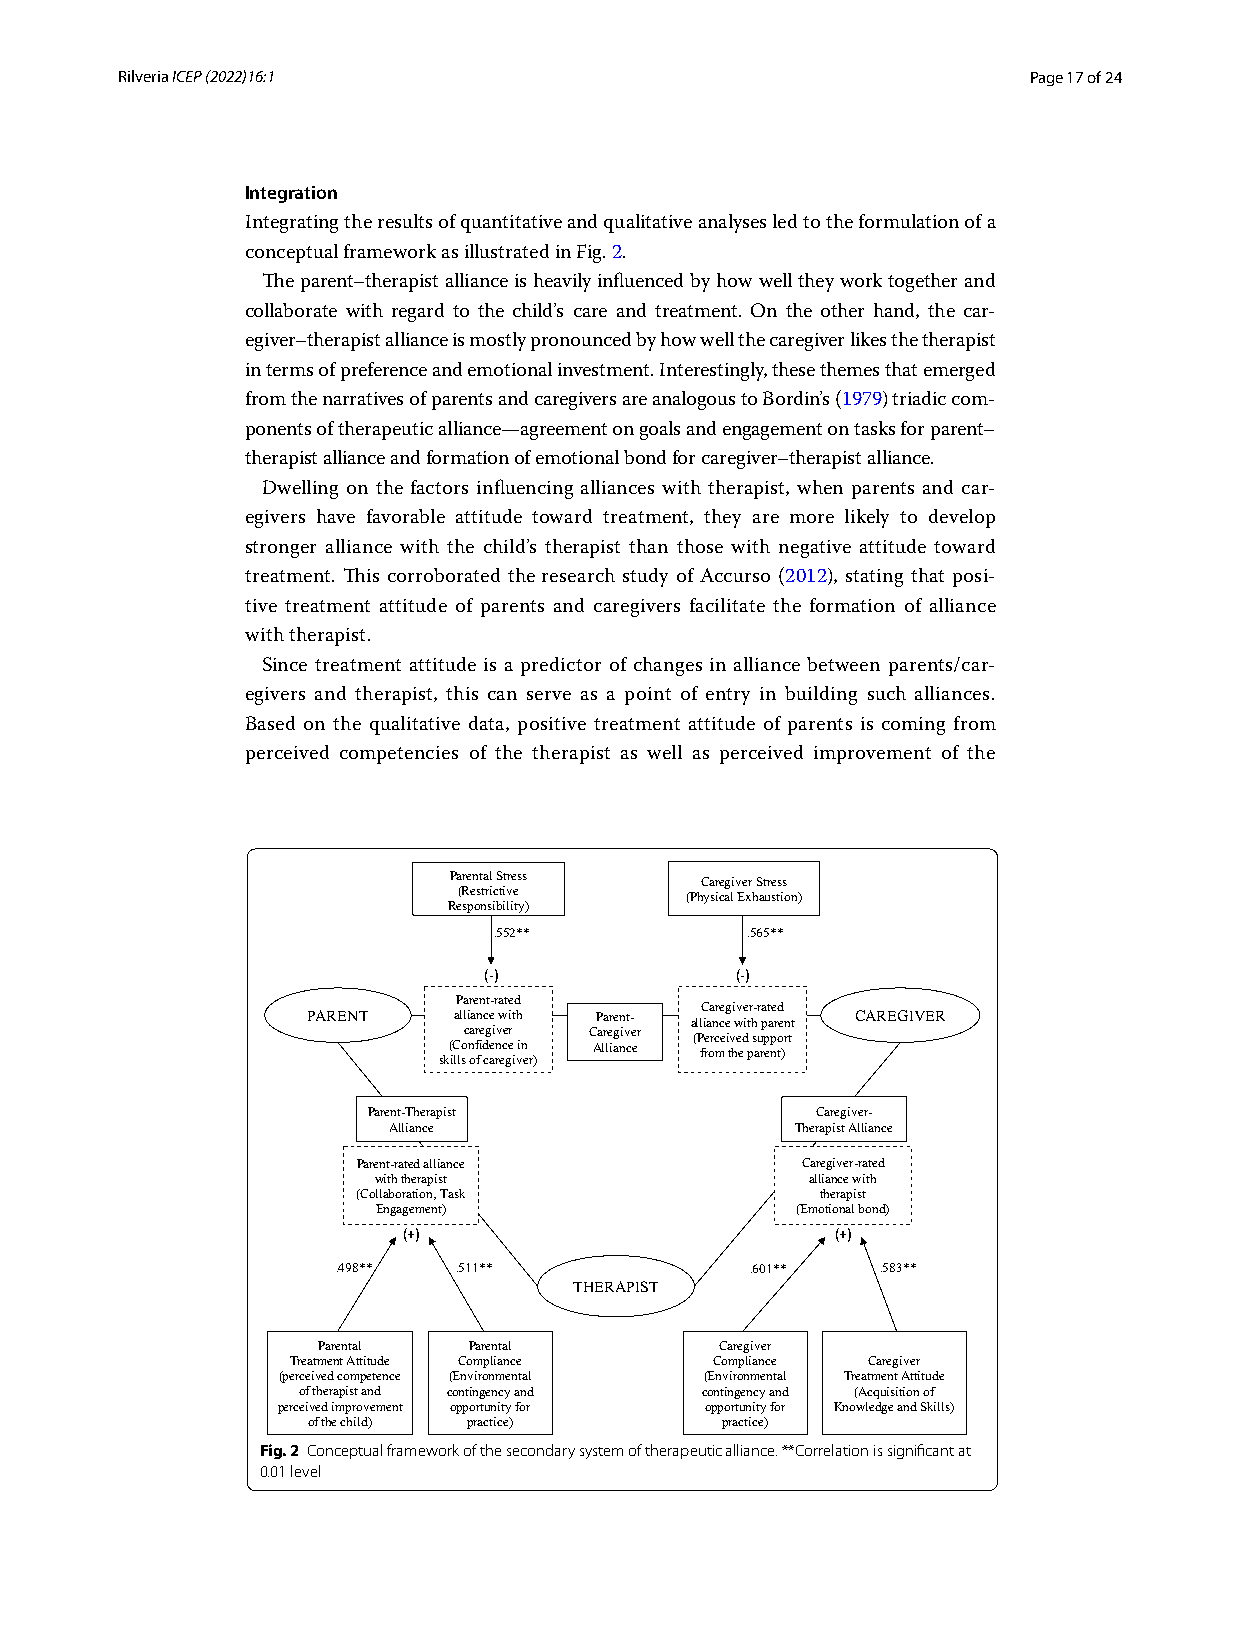
R ilveria ICEP (2022) 16:1                                  Page 17 of 24
 Integration
 Integrating the results of quantitative and qualitative analyses led to the formulation of a
 conceptual framework as illustrated in Fig. 2.
 The parent–therapist alliance is heavily influenced by how well they work together and
 collaborate with regard to the child’s care and treatment. On the other hand, the car-
 egiver–therapist alliance is mostly pronounced by how well the caregiver likes the therapist
 in terms of preference and emotional investment. Interestingly, these themes that emerged
 from the narratives of parents and caregivers are analogous to Bordin’s (1979) triadic com-
 ponents of therapeutic alliance—agreement on goals and engagement on tasks for parent–
 therapist alliance and formation of emotional bond for caregiver–therapist alliance.
 Dwelling on the factors influencing alliances with therapist, when parents and car-
 egivers have favorable attitude toward treatment, they are more likely to develop
 stronger alliance with the child’s therapist than those with negative attitude toward
 treatment. This corroborated the research study of Accurso (2012), stating that posi-
 tive treatment attitude of parents and caregivers facilitate the formation of alliance
 with therapist.
 Since treatment attitude is a predictor of changes in alliance between parents/car-
 egivers and therapist, this can serve as a point of entry in building such alliances.
 Based on the qualitative data, positive treatment attitude of parents is coming from
 perceived competencies of the therapist as well as perceived improvement of the
 Parental Stress Caregiver Stress
 (Restrictive   (Physical Exhaustion)
 Responsibility)
 .552**          .565**
 (-)              (-)
 Parent-rated
 Caregiver-rated
 PARENT    alliance with Parent- alliance with parent CAREGIVER
 caregiver Caregiver (Perceived support
 (Confidence in Alliance from the parent)
 skills of caregiver)
 Parent-Therapist              Caregiver-
 Alliance                   Therapist Alliance
 Parent-rated alliance        Caregiver-rated
 with therapist               alliance with
 (Collaboration, Task          therapist
 Engagement)                 (Emotional bond)
 (+)                         (+)
 .498**  .511**              .601**  .583**
 THERAPIST
 Parental  Parental         Caregiver
 Treatment Attitude Compliance Compliance Caregiver
 (perceived competence (Environmental (Environmental Treatment Attitude
 of therapist and contingency and contingency and (Acquisition of
 perceived improvement opportunity for opportunity for Knowledge and Skills)
 of the child) practice)     practice)
 Fig. 2 Conceptual framework of the secondary system of therapeutic alliance. **Correlation is significant at
 0.01 level